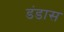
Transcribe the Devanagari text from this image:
डंडास